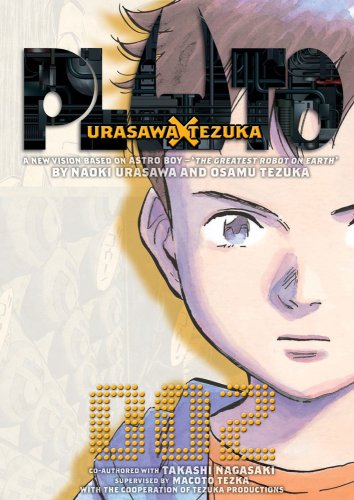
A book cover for Pluto: Urasawa x Tezuka, Vol. 2; Naoki Urasawa; Comics & Graphic Novels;